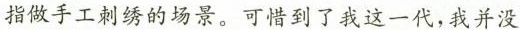
指做手工刺绣的场景。可惜到了我这一代，我并没